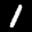
Label: 1